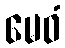
မေဝံ